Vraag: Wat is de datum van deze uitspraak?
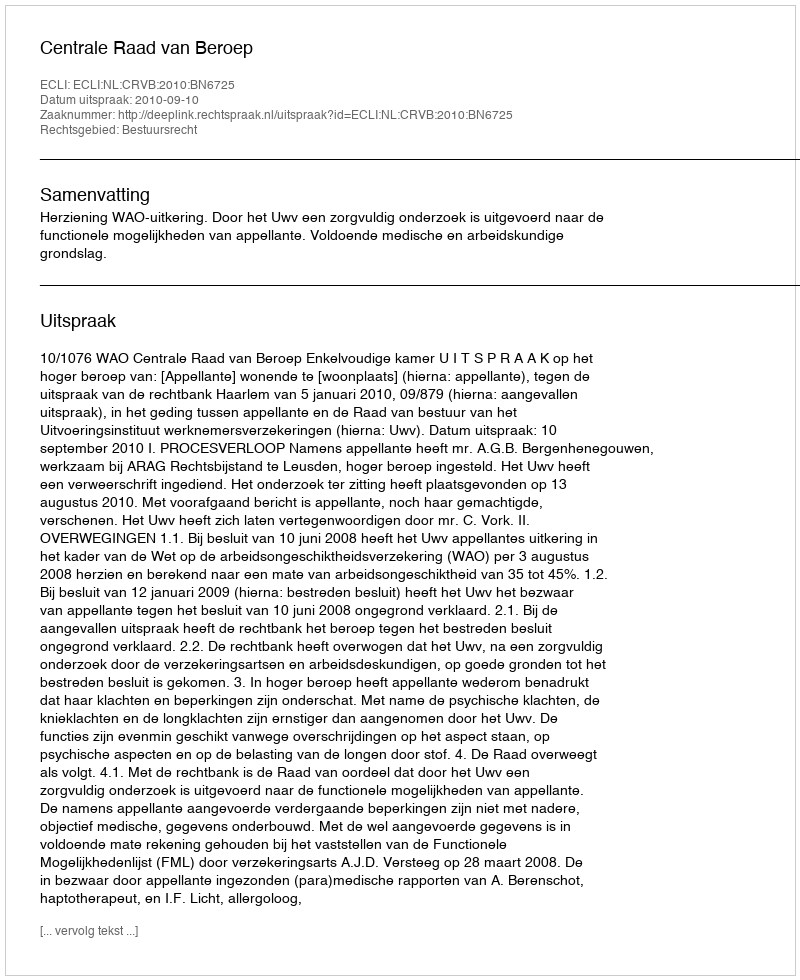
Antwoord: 2010-09-10